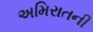
અમિરાતની